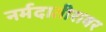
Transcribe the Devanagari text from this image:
नर्मदातीरावर